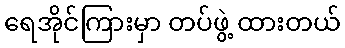
ရေအိုင်ကြားမှာ တပ်ဖွဲ့ ထားတယ်